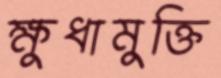
ক্ষুধামুক্তি